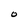
Character: O